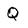
Character: Q